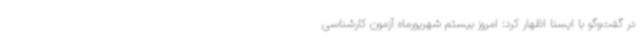
در گفت‌وگو با ایسنا اظهار کرد: امروز بیستم شهریورماه آزمون کارشناسی